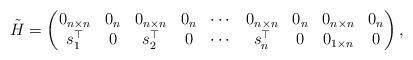
LaTeX: \begin{align*} \tilde{H} =\begin{pmatrix} 0_{n \times n} & 0_n & 0_{n \times n} & 0_n & \cdots & 0_{n \times n} & 0_n & 0_{n \times n} & 0_n \\ s_1^\top & 0 & s_2^\top & 0 & \cdots & s_n^\top & 0 & 0_{1 \times n} & 0 \\\end{pmatrix} ,\end{align*}